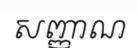
សញ្ញាណ